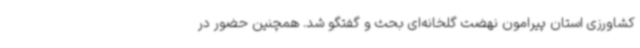
کشاورزی استان پیرامون نهضت گلخانه‌ای بحث و گفتگو شد. همچنین حضور در